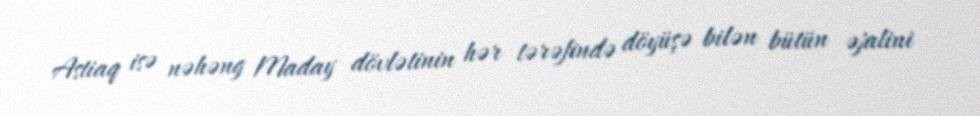
Astiaq isə nəhəng Maday dövlətinin hər tərəfində döyüşə bilən bütün əjalini